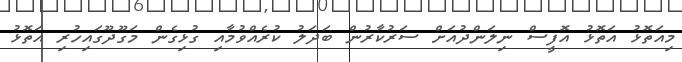
މިއަތޮޅު އަތޮޅު އޮފީސް ނިލަންދުއަށް ސަރުކާރުން ބަދަލު ކުރެއްވުމާއި ގުޅިގެން މަގޫދޫގައިހުރި އަތޮޅު